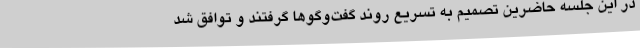
در این جلسه حاضرین تصمیم به تسریع روند گفت‌وگوها گرفتند و توافق شد